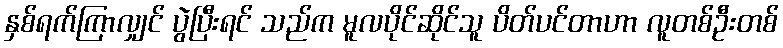
နှစ်ရက်ကြာလျှင် ပွဲပြီးရင် သည်က မူလပိုင်ဆိုင်သူ ပိတ်ပင်တာဟာ လူတစ်ဦးတစ်